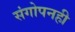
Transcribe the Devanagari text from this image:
संगोपनही